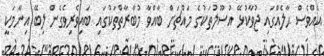
އެއްވެސް ޙާލެއްގައި ޖުވާކުޅޭ އުސޫލުތަކުގެ މައްޗަށް ބާއްވާ މުބާރާތްތަކުގައި ބައިވެރިވެގެން ލިބޭ އިނާމަކީ